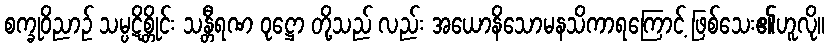
စက္ခုဝိညာဉ် သမ္ပဋိစ္တိုင်း သန္တီရဏ ဝုဋ္ဌော တို့သည် လည်း အယောနိသောမနသိကာရကြောင့် ဖြစ်သေး၏ဟူလို။